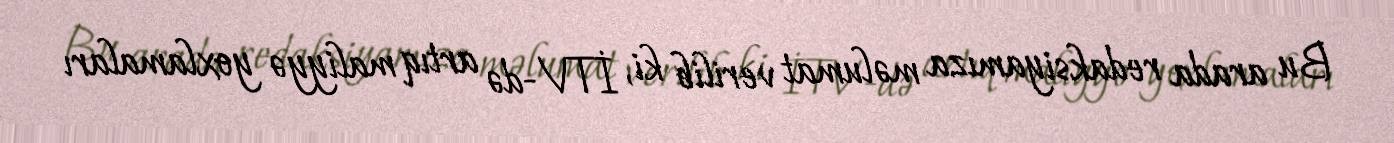
Bu arada redaksiyamıza məlumat verilib ki, İTV-də artıq maliyyə yoxlamaları